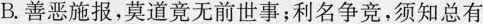
B.善恶施报，莫道竟无前世事；利名争竞，须知总有